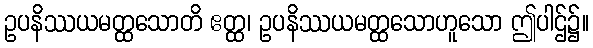
ဥပနိဿယမတ္ထသောတိ ဧတ္ထ၊ ဥပနိဿယမတ္ထသောဟူသော ဤပါဌ်၌။